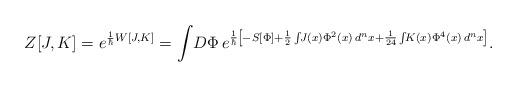
LaTeX: \begin{align*}Z[J,K]=e^{\frac{1}{\hbar}W[J,K]}=\int\!D\Phi\,e^{\frac{1}{\hbar}\left[-S[\Phi] +\frac{1}{2}\int\!\!J(x)\Phi^{2}(x)\,d^{n}x+\frac{1}{24}\int\!\!K(x)\Phi^{4}(x)\,d^{n}x\right]}.\end{align*}